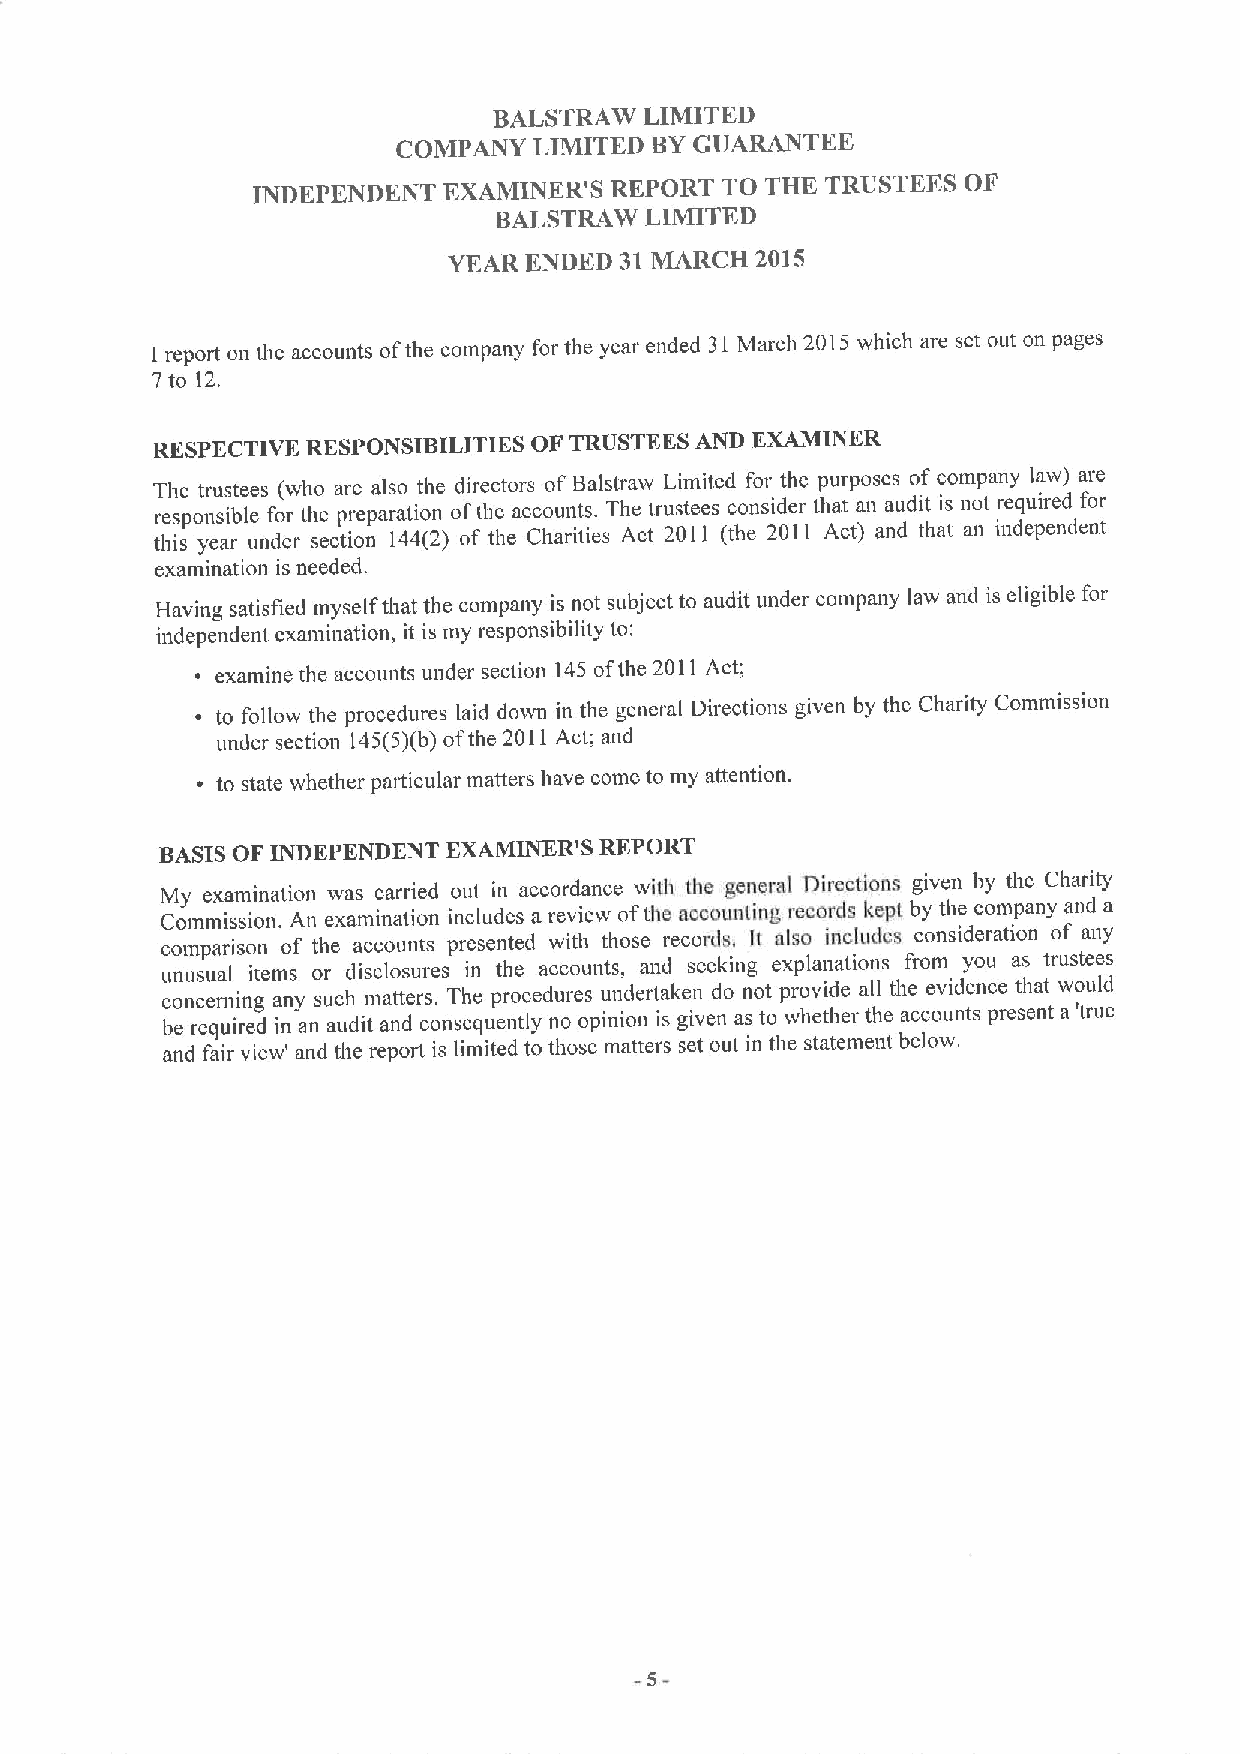
BALSTRAW  LIMITED
 COMPANY  LIMITED BYGUARANTEE
 INDEPENDENT EXAMINER'S REPORT  TO THE TRUSTEES OF
 BALSTRAW  LIMITED
 YF.AR ENDED 31 MARCH 2015
 1 report on the accounts ofthe company for the year ended 31March 2015 which are sct out on pages
 7to 12.
 RESPECTIVE RESPONSIBILITIES OF TRUSTEES AND KXAMINKR
 The trustees (who are also the directors of Balstraw Limited for thc purposes of company law) are
 responsible for the preparation ofthe accounts. The trustees consider that an audit is not required for
 this year under section 144(2) of the Charities Act 2011 (the 2011 Act) and that an independent
 examination is needed.
 Having satisfied myself that the company is not subject to audit under company law and is eligible for
 independent examination, it is my responsibility to:
 examine the accounts under section 145 ofthe 2011 Act;
 to follow the procedures laid down in the general Directions given by thc Charity Commission
 under section 145(5)(b)ofthe 2011Act; and
 to state whether particular matters have come to my attention.
 BASISOF INDEPENDENT EXAMINER'S REPORT
 M Coy mmex ia ssm ioin na .tio An
 n
 ew xa as minca ar tir oie nd io nu ct ludin esac aco rer vd ia en wce ofw ti hth e at ch ce oug ne tin ne gral reD coi rr dec stio kn eps t bg yive thn e b cy omt ph ac nyCh aa nr dity a
 comparison of the accounts presented with those records, lt also includes consideration of any
 unusual items or disclosures in the accounts, and seeking explanations from you as trustees
 concerning any such matters. The procedures undertaken do not provide all the evidence that would
 be required in an audit and consequently no opinion is given as to whether the accounts present a 'true
 and fair view' and the report is limited to those matters set out in the statement below.